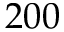
2 0 0